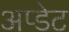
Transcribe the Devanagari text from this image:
अप्डेट